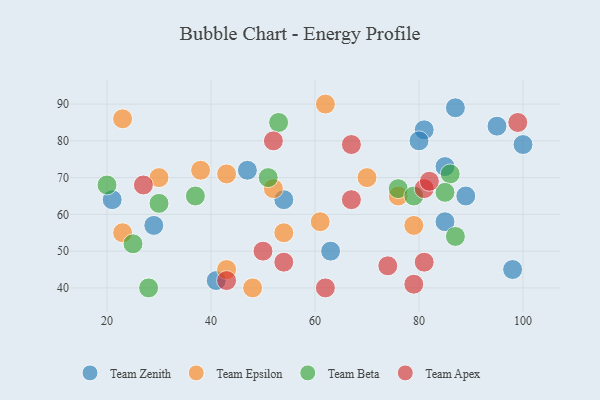
{"axis": {"x": "GDP", "y": "Life Expectancy"}, "legend": ["Team Apex", "Team Beta", "Team Epsilon", "Team Zenith"], "data": [{"x": "21", "y": 64, "type": "Team Zenith"}, {"x": "89", "y": 65, "type": "Team Zenith"}, {"x": "87", "y": 89, "type": "Team Zenith"}, {"x": "81", "y": 83, "type": "Team Zenith"}, {"x": "98", "y": 45, "type": "Team Zenith"}, {"x": "54", "y": 64, "type": "Team Zenith"}, {"x": "41", "y": 42, "type": "Team Zenith"}, {"x": "29", "y": 57, "type": "Team Zenith"}, {"x": "85", "y": 58, "type": "Team Zenith"}, {"x": "95", "y": 84, "type": "Team Zenith"}, {"x": "63", "y": 50, "type": "Team Zenith"}, {"x": "85", "y": 73, "type": "Team Zenith"}, {"x": "47", "y": 72, "type": "Team Zenith"}, {"x": "100", "y": 79, "type": "Team Zenith"}, {"x": "80", "y": 80, "type": "Team Zenith"}, {"x": "43", "y": 45, "type": "Team Epsilon"}, {"x": "76", "y": 65, "type": "Team Epsilon"}, {"x": "62", "y": 90, "type": "Team Epsilon"}, {"x": "23", "y": 86, "type": "Team Epsilon"}, {"x": "48", "y": 40, "type": "Team Epsilon"}, {"x": "52", "y": 67, "type": "Team Epsilon"}, {"x": "61", "y": 58, "type": "Team Epsilon"}, {"x": "79", "y": 57, "type": "Team Epsilon"}, {"x": "54", "y": 55, "type": "Team Epsilon"}, {"x": "43", "y": 71, "type": "Team Epsilon"}, {"x": "30", "y": 70, "type": "Team Epsilon"}, {"x": "38", "y": 72, "type": "Team Epsilon"}, {"x": "70", "y": 70, "type": "Team Epsilon"}, {"x": "23", "y": 55, "type": "Team Epsilon"}, {"x": "25", "y": 52, "type": "Team Beta"}, {"x": "86", "y": 71, "type": "Team Beta"}, {"x": "30", "y": 63, "type": "Team Beta"}, {"x": "20", "y": 68, "type": "Team Beta"}, {"x": "85", "y": 66, "type": "Team Beta"}, {"x": "28", "y": 40, "type": "Team Beta"}, {"x": "51", "y": 70, "type": "Team Beta"}, {"x": "53", "y": 85, "type": "Team Beta"}, {"x": "87", "y": 54, "type": "Team Beta"}, {"x": "76", "y": 67, "type": "Team Beta"}, {"x": "37", "y": 65, "type": "Team Beta"}, {"x": "79", "y": 65, "type": "Team Beta"}, {"x": "81", "y": 47, "type": "Team Apex"}, {"x": "74", "y": 46, "type": "Team Apex"}, {"x": "43", "y": 42, "type": "Team Apex"}, {"x": "99", "y": 85, "type": "Team Apex"}, {"x": "62", "y": 40, "type": "Team Apex"}, {"x": "54", "y": 47, "type": "Team Apex"}, {"x": "67", "y": 64, "type": "Team Apex"}, {"x": "81", "y": 67, "type": "Team Apex"}, {"x": "79", "y": 41, "type": "Team Apex"}, {"x": "27", "y": 68, "type": "Team Apex"}, {"x": "50", "y": 50, "type": "Team Apex"}, {"x": "52", "y": 80, "type": "Team Apex"}, {"x": "67", "y": 79, "type": "Team Apex"}, {"x": "82", "y": 69, "type": "Team Apex"}]}